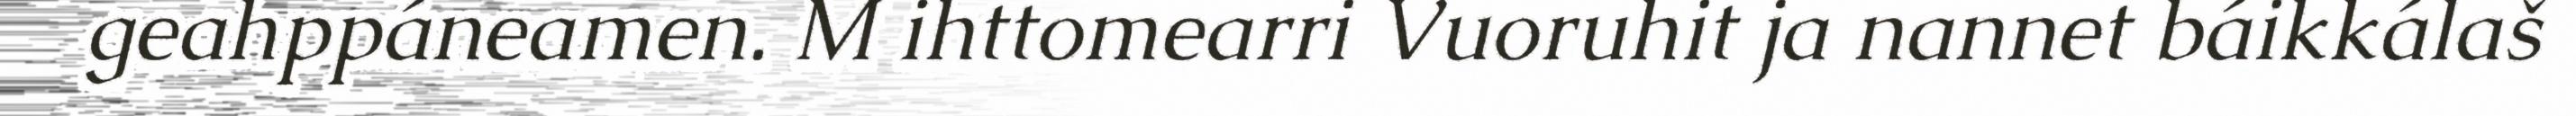
geahppáneamen. M ihttomearri Vuoruhit ja nannet báikkálaš